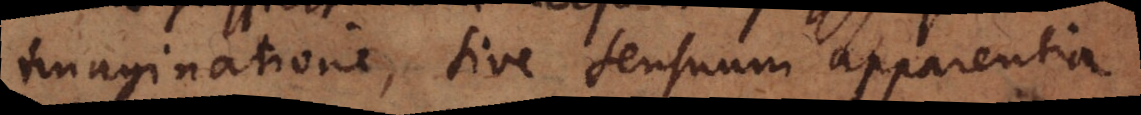
imaginatione, sive sensuum apparentia